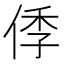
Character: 㑧